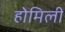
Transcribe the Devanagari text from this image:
होमिली